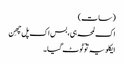
(سات)
اک لمحہ ہی، بس اک پل چھِن
ایکلویہ توؔ ٹوٹ گیا ۔